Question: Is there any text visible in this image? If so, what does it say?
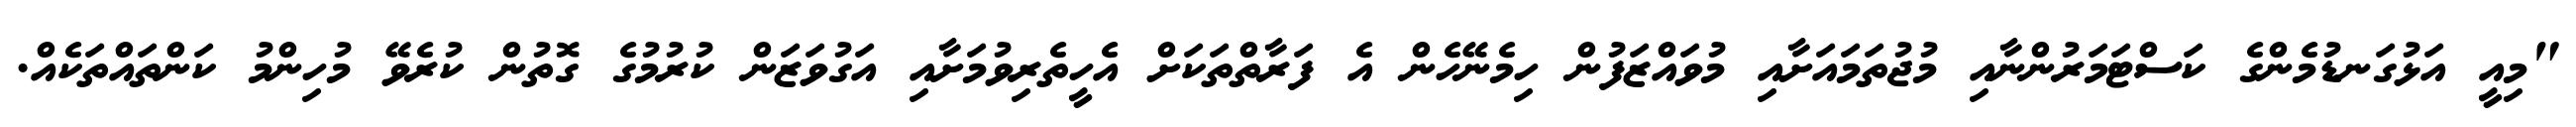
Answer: "މިއީ އަޅުގަނޑުމެންގެ ކަސްޓަމަރުންނާއި މުޖުތަމައަށާއި މުވައްޒަފުން ހިމެނޭހެން އެ ފަރާތްތަކަށް އެހީތެރިވުމަށާއި އަގުވަޒަން ކުރުމުގެ ގޮތުން ކުރެވޭ މުހިންމު ކަންތައްތަކެއް.